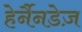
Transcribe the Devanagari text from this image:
हेर्नैनडेज़